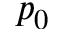
p _ { 0 }